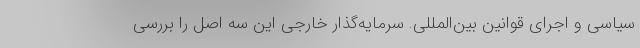
سیاسی و اجرای قوانین بین‌المللی. سرمایه‌گذار خارجی این سه اصل را بررسی